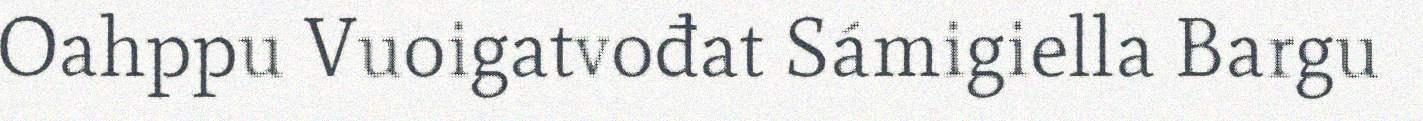
Oahppu Vuoigatvođat Sámigiella Bargu